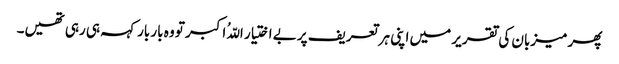
پھر میزبان کی تقریر میں اپنی ہر تعریف پر بے اختیار اللّہُ اکبر تو وہ بار بار کہہ ہی رہی تھیں۔